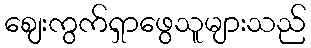
ဈေးကွက်ရှာဖွေသူများသည်